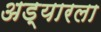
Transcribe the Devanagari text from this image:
अड्यारला